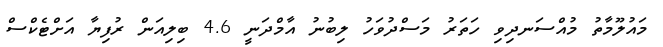
މައުލޫމާތު މުއްސަނދިވި ހަތަރު މަސްދުވަހު ލިބުނު އާމްދަނީ 4.6 ބިލިއަން ރުފިޔާ އަށްޓެކްސް